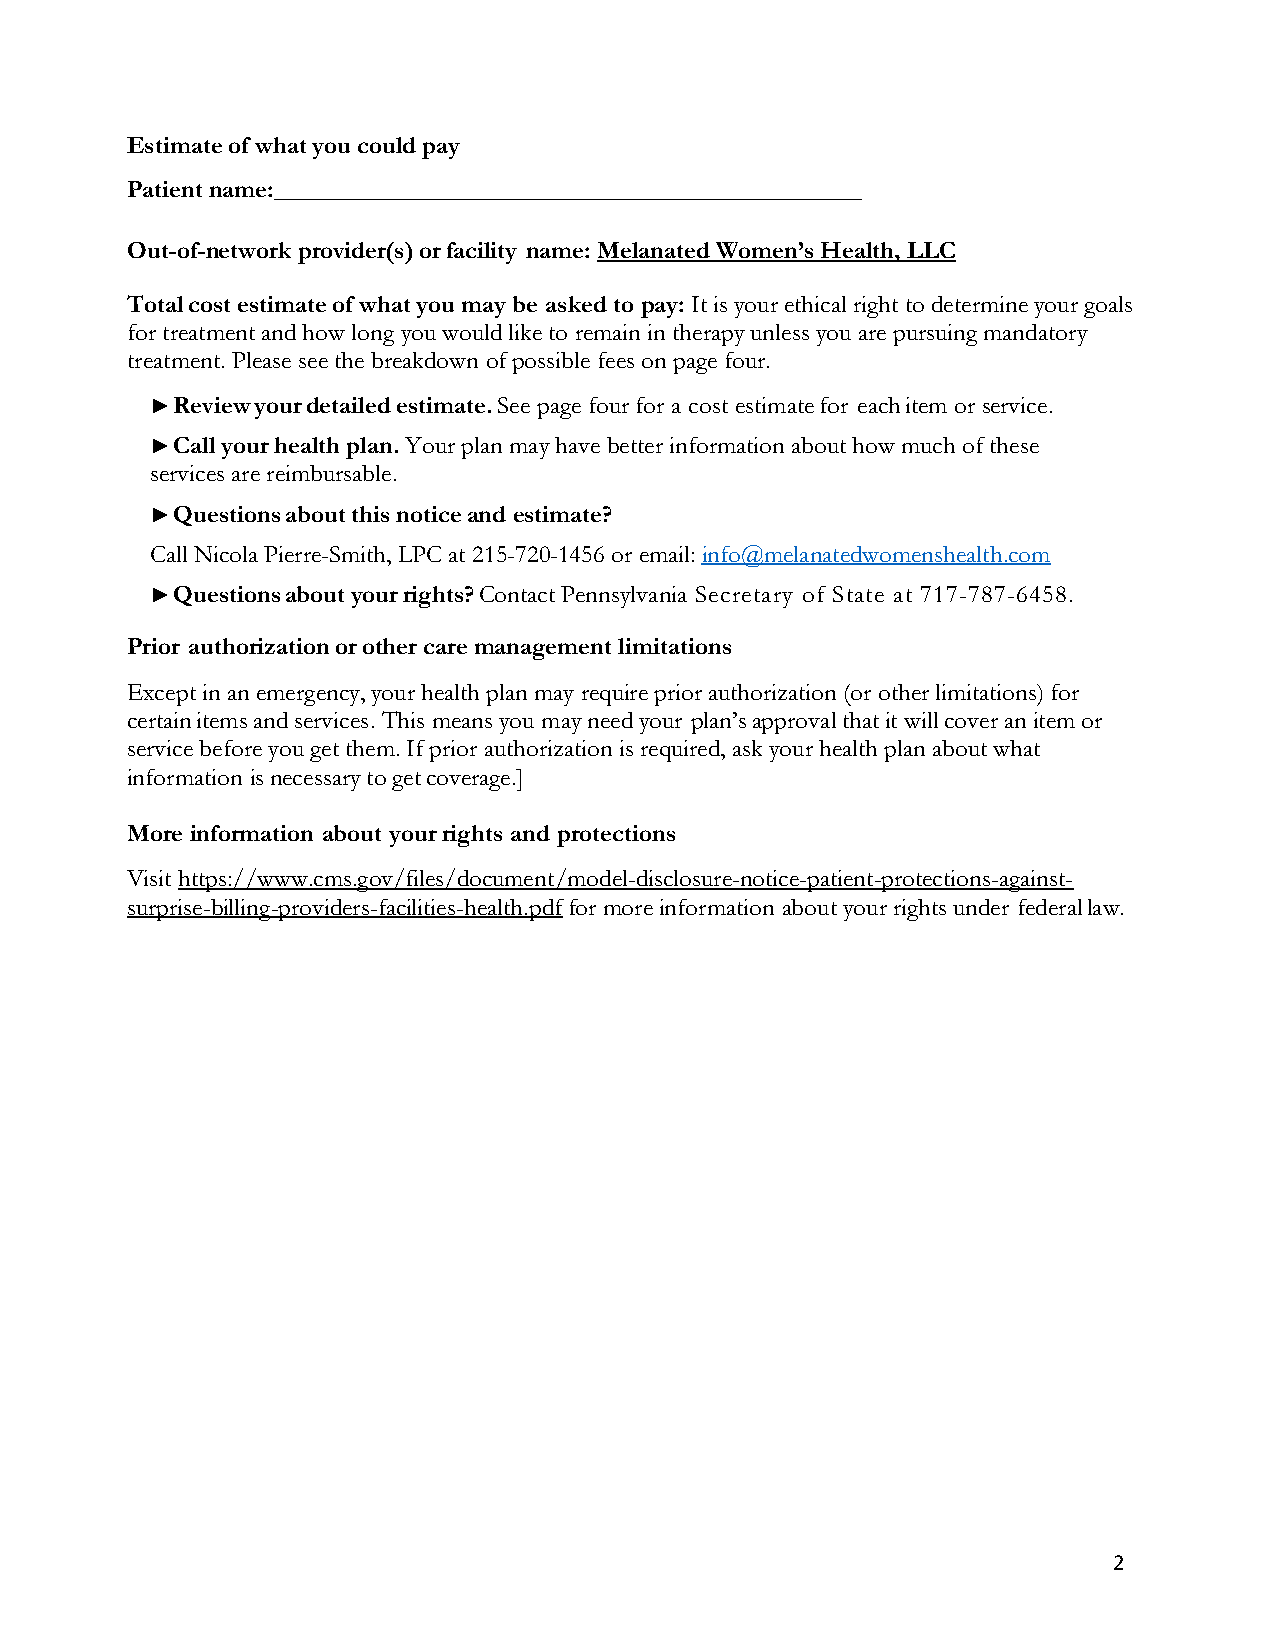
Estimate of what you could pay
 Patient name:_______________________________________________
 Out-of-network provider(s) or facility name: Melanated Women’s Health, LLC
 Total cost estimate of what you may be asked to pay: It is your ethical right to determine your goals
 for treatment and how long you would like to remain in therapy unless you are pursuing mandatory
 treatment. Please see the breakdown of possible fees on page four.
 ► Review your detailed estimate. See page four for a cost estimate for each item or service.
 ► Call your health plan. Your plan may have better information about how much of these
 services are reimbursable.
 ► Questions about this notice and estimate?
 Call Nicola Pierre-Smith, LPC at 215-720-1456 or email: info@melanatedwomenshealth.com
 ► Questions about your rights? Contact Pennsylvania Secretary of State at 717-787-6458.
 Prior authorization or other care management limitations
 Except in an emergency, your health plan may require prior authorization (or other limitations) for
 certain items and services. This means you may need your plan’s approval that it will cover an item or
 service before you get them. If prior authorization is required, ask your health plan about what
 information is necessary to get coverage.]
 More information about your rights and protections
 Visit https://www.cms.gov/files/document/model-disclosure-notice-patient-protections-against-
 surprise-billing-providers-facilities-health.pdf for more information about your rights under federal law.
 2